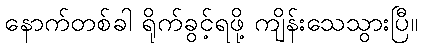
နောက်တစ်ခါ ရိုက်ခွင့်ရဖို့ ကျိန်းသေသွားပြီ။